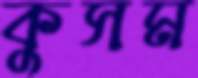
কুসম